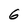
Character: 6